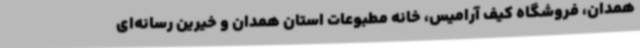
همدان، فروشگاه کیف آرامیس، خانه مطبوعات استان همدان و خیرین رسانه‌ای